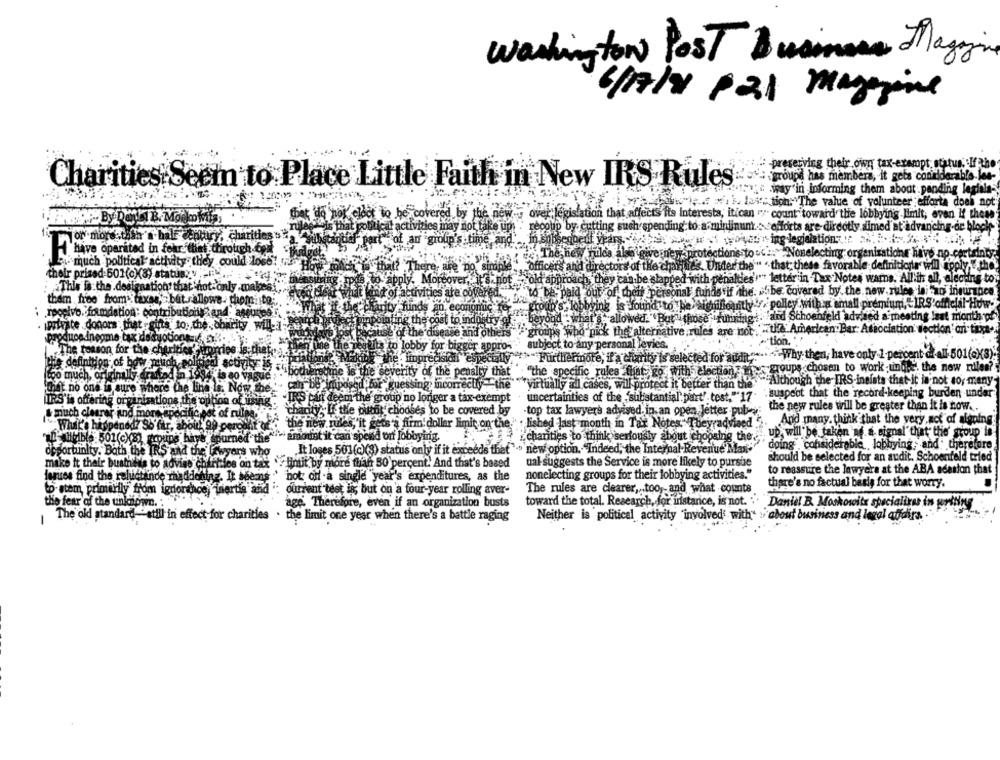
Washington Post Busimon Magyin
6/17/8 821 margine
-preserving their own tax-exempt, status. If the
-groupd has members, it gets considerable led-
Charities Seem to Place Little Faith in New IRS Rules
wway'in informing them about pending legiala-
1. las ::: tion."The value of volunteer efforta does not
that ud nok eldot to be covered by the new- over legislation that affects its Interests, itican ""> count toward the lobbying Himit, even If those"
is that polis.
activities inay not take up: "' recoup by cutting such spending to a miniinun : efforts are-dirdotty aimed at advancing-de block-
enduro charities's : A
of an group's time, and
Live oparited in four thet through det
The new rules also give nersprotections to "Nonelecting organisation have no certainly
su much political activity they could lose!
are no Sinople
officers and directors of the char lies. Under the"" " that these favorable definitions wil apply, " the.
their prised 501(o)(8) statuszy
To apply. Moreover, not -old approach, they can be slapped with penalties "" letter in Tax Notes wars. All in all, elcoins to
This is the.destenations that not only .makea),
of activities are covered.
to be paid out of their personal funds'if The. .. be covered by the new rules la ao insurance
tham free from- taxas, but. allowe- thom to ...
..
group's. lobbying is found to be significantly "" policy with a small premium, IRS'official How-
: rpoelvo. foundation: contributionland" assured
beyond "" what's" allowed."But those fuming : "and Schoenfeld advised a meeting last month of
donors that -gifts to: the charity will
fine the cost to industry of
cause of the disease and others"
"groups who pick the alternative rules are not ""the American Bar Association' section' cri tiya-
producednegme tax deductions
MA
-"tion. "
The reason for the charities'
auta to lobby for bigger appro-
subject to any personal levies.
impre
sioni especially
"Furthermore, if'a'charity is selected for audit">"-Why them, have only 1 percent of all-501(0)8)
a scouty 15
this definition of bew
Buie is the severity of the penalty that
"the specific rules that go withs election: in
groups chosen to work und.e'. the new rules?
Chuit no one is sure where the lina la. Now the.
>>imposed for " guessing; incorrectly-"the ""virtually all cases, will protect it better than the "
. : suspect that the record-keeping burden under
WIRS is offering organizations the option of using
-IRS pad deem the group no longer a tax exempt
uncertainties of the "substantial". part" tost.""17
"If the burnt chodses to be covered by
-top tax lawyers advised. in an open, Jetter pub-
: the new rules will be greater than it is now ..
&much clearer iund more specific bot of rules."
What's happened? So far, about
erodnit af
for the new rules,"it gets a firm'dollar limit on the lished last month in Tax Notes" Theyradvised
And many. think that the very act of signing
up, will be taken af a signal that the' sroup in
"ah delble 501(c)(8) groups haye spurned the amount it can spend orf lobbying.
ichanties to think seriously about choosing the"
doing considerable lobbying , and therefore
desortunity. Bath the IRS and the lawyers who
It loges 501(c)(8) status only if it exceeds thet"> new option. "Indeed, the Internal Revenue Man"
should be selected for an audit. Schoenfeld tried
lintit by more than 50 percent. And that's based
ual- suggests the Service is more likely to pursue
make it their business to advise charities on tax
to reassure the lawyers at the ABA adeston that
lerues find the reluctande mhaddoning. It seems
not off a single year's expenditures, as the
nonelecting groups for their lobbying activities."
there's no factual besig for that worry.
to stem, primarily from ignorehoe, hertie ana :
current téet is; but on a four-year rolling aver-
The rules are clearer, too, and what counts
the fear of the unknown. :
age. Therefore, even if an organization busts
toward the total. Research, for instance, is not. "
Daniel B. Moskowitz specialirss in
The old standard- stil in effect for charities . the limit one year when there's a battle raging
Neither is political activity "involved with" : about business and legal affairs
1